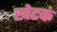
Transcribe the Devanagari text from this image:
खेटकं